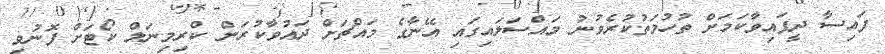
ފައިސާ ދީފައިވާކަމަށް ތުހުމަތުކުރެވުނު މައްސަލައިގައި އޭނާގެ މައްޗަށް ދައުވާކުރަން ކްރިމިނަލް ކޯޓަށް ފޮނުވި